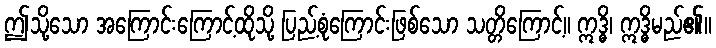
ဤသို့သော အကြောင်းကြောင့်ထိုသို့ ပြည့်စုံကြောင်းဖြစ်သော သတ္တိကြောင့်။ ဣဒ္ဓိ၊ ဣဒ္ဓိမည်၏။